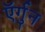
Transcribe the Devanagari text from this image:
ऍर्गुन